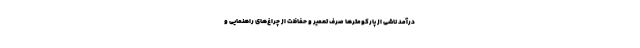
درآمد ناشی از پارکومترها صرف تعمیر و حفاظت از چراغ‌های راهنمایی و